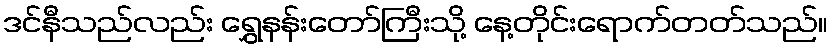
ဒင်နီသည်လည်း ရွှေနန်းတော်ကြီးသို့ နေ့တိုင်းရောက်တတ်သည်။